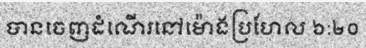
បានចេញដំណើរនៅម៉ោងប្រហែល ៦:២០